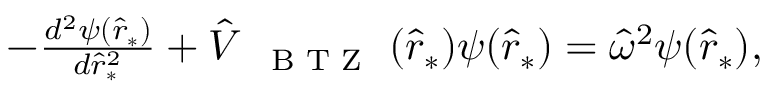
\begin{array} { r } { - \frac { d ^ { 2 } \psi ( \hat { r } _ { * } ) } { d \hat { r } _ { * } ^ { 2 } } + \hat { V } _ { \mathrm { ~ { ~ \scriptsize ~ B ~ T ~ Z ~ } ~ } } ( \hat { r } _ { * } ) \psi ( \hat { r } _ { * } ) = \hat { \omega } ^ { 2 } \psi ( \hat { r } _ { * } ) , } \end{array}